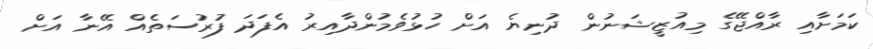
ކަމަށާއި ރާއްޖޭގެ މިއުޒީޝަނުން ދުނިޔެ އަށް ހުޅުވެމުންދާއިރު އެފަދަ ފުރުސަތެއް އޭނާ އަށް